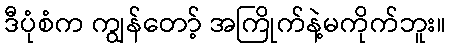
ဒီပုံစံက ကျွန်တော့် အကြိုက်နဲ့မကိုက်ဘူး။